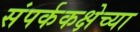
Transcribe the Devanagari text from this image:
संपर्ककक्षेच्या